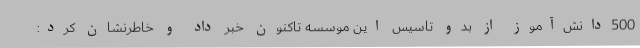
500دانش‌آموز از بدو تاسیس این موسسه تاکنون خبر داد و خاطرنشان کرد: